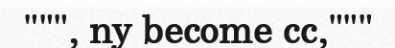
""", ny become cc,"""